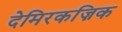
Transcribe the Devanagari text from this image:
देमिरकज़िक